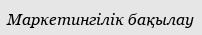
Маркетингілік бақылау